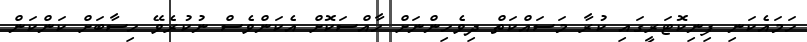
ހަމައެކަނި ފިނިކޮޓަރީގައި ކުރާ މަސައްކަތް ދިވެހިންނަށް ހާއްސަކޮށް އެކަންވެސް ނުކުރެވޭ ހިސާބަށް ކަންކަން